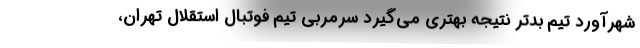
شهرآورد تیم بدتر نتیجه بهتری می‌گیرد سرمربی تیم فوتبال استقلال تهران،